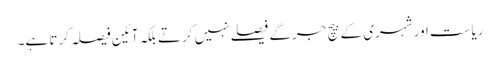
ریاست اور شہری کے بیچ جرگے فیصلے نہیں کرتے بلکہ آئین فیصلہ کرتا ہے۔